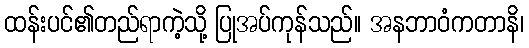
ထန်းပင်၏တည်ရာကဲ့သို့ ပြုအပ်ကုန်သည်။ အနဘာဝံကတာနိ၊